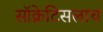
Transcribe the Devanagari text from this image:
सॉक्रेटिसलाच